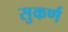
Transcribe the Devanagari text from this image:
सुकर्ण